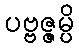
ပဗ္ဗဇ္ဇမ္ပိ